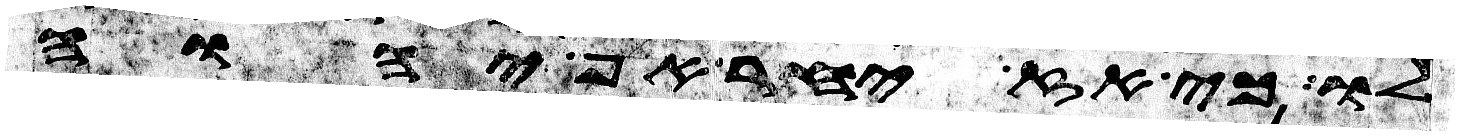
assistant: לו כי אז יחר אף יהוה